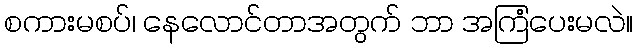
စကားမစပ်၊ နေလောင်တာအတွက် ဘာ အကြံပေးမလဲ။